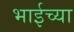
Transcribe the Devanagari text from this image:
भाईच्या